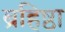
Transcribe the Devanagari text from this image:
ब्रहिष्ठा